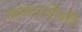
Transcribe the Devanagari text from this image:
जगालोनी